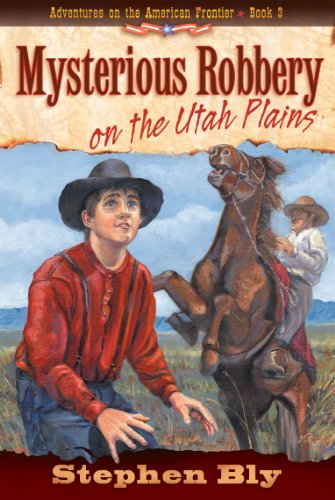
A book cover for Mysterious Robbery on the Utah Plains (Adventures on the American Frontier #3); Stephen Bly; Teen & Young Adult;